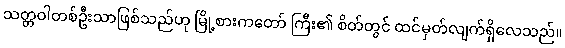
သတ္တဝါတစ်ဦးသာဖြစ်သည်ဟု မြို့စားကတော် ကြီး၏ စိတ်တွင် ထင်မှတ်လျက်ရှိလေသည်။